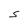
Character: S